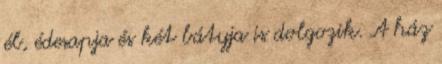
él, édesapja és két bátyja is dolgozik. A ház